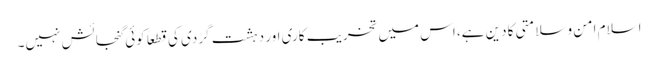
اسلام امن و سلامتی کا دین ہے، اس میں تخریب کاری اور دہشت گردی کی قطعاً کوئی گنجائش نہیں۔